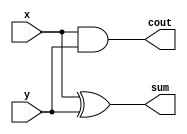
module HA(x,y,sum,cout);

input x,y;
output sum,cout;

xor xor1(sum,x,y);
and and1(cout,x,y);
endmodule